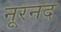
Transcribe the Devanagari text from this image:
नूरनद